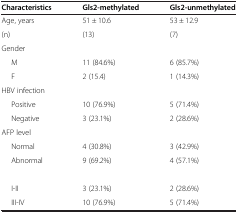
<table><thead><tr><td><b>Characteristics</b></td><td><b>Gls2-methylated</b></td><td><b>Gls2-unmethylated</b></td></tr></thead><tbody><tr><td>Age, years</td><td>51 ± 10.6</td><td>53 ± 12.9</td></tr><tr><td>(n)</td><td>(13)</td><td>(7)</td></tr><tr><td>Gender</td><td>[EMPTY_CELL]</td><td>[EMPTY_CELL]</td></tr><tr><td>M</td><td>11 (84.6%)</td><td>6 (85.7%)</td></tr><tr><td>F</td><td>2 (15.4)</td><td>1 (14.3%)</td></tr><tr><td>HBV infection</td><td>[EMPTY_CELL]</td><td>[EMPTY_CELL]</td></tr><tr><td>Positive</td><td>10 (76.9%)</td><td>5 (71.4%)</td></tr><tr><td>Negative</td><td>3 (23.1%)</td><td>2 (28.6%)</td></tr><tr><td>AFP level</td><td>[EMPTY_CELL]</td><td>[EMPTY_CELL]</td></tr><tr><td>Normal</td><td>4 (30.8%)</td><td>3 (42.9%)</td></tr><tr><td>Abnormal</td><td>9 (69.2%)</td><td>4 (57.1%)</td></tr><tr><td>[EMPTY_CELL]</td><td>[EMPTY_CELL]</td><td>[EMPTY_CELL]</td></tr><tr><td>I-II</td><td>3 (23.1%)</td><td>2 (28.6%)</td></tr><tr><td>III-IV</td><td>10 (76.9%)</td><td>5 (71.4%)</td></tr></tbody></table>